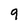
Character: 9